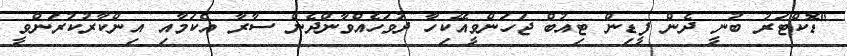
"ޑޮކްޓަރު ބުނީ ދެން ފީޑިން ޓިއުބް ޖަހަންވީއޭކިހާ ދުވަހެއްވާންދެން ސާރާ އެކަމާއި އިންކާރުކުރަންވީ